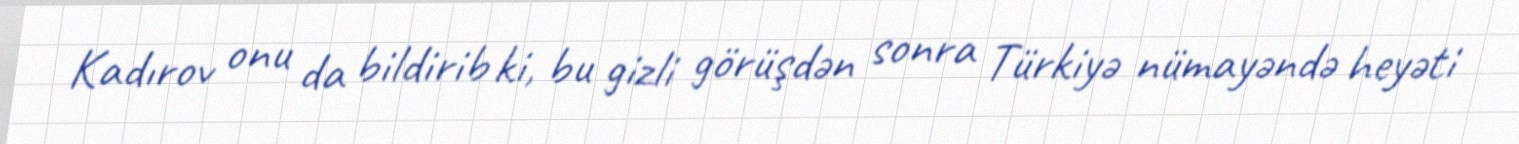
Kadırov onu da bildirib ki, bu gizli görüşdən sonra Türkiyə nümayəndə heyəti